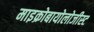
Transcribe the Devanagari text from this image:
माइक्रोबायोलोजीस्ट